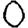
Digit: 0